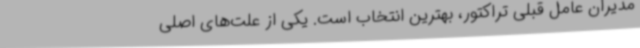
مدیران عامل قبلی تراکتور، بهترین انتخاب است. یکی از علت‌های اصلی